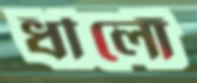
ধীলোঁ